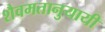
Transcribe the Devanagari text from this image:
शैवमतानुयायी